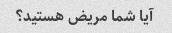
آیا شما مریض هستید؟